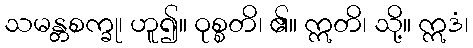
သမန္တစက္ခု၊ ဟူ၍။ ဝုစ္စတိ၊ ၏။ ဣတိ၊ သို့။ ဣဒံ၊